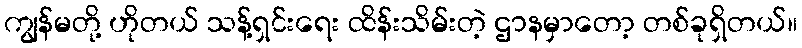
ကျွန်မတို့ ဟိုတယ် သန့်ရှင်းရေး ထိန်းသိမ်းတဲ့ ဌာနမှာတော့ တစ်ခုရှိတယ်။